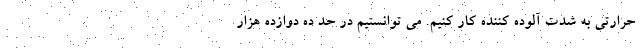
حرارتی به شدت آلوده کننده کار کنیم. می توانستیم در حد ده دوازده هزار